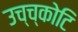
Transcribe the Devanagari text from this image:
उच्च्कोटि